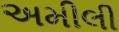
અમીલી